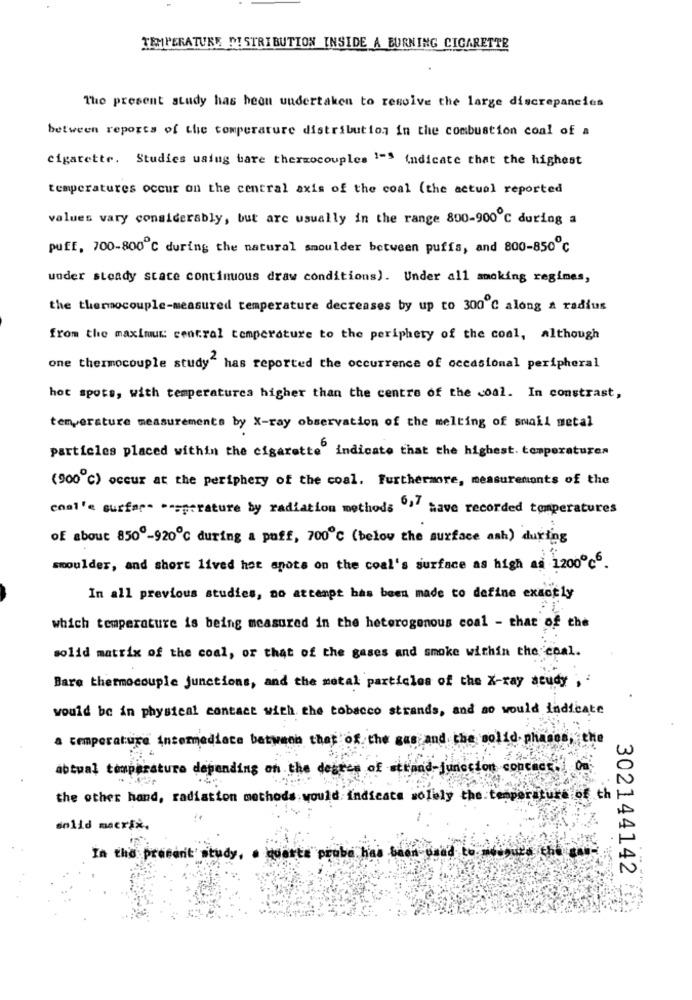
TEMPERATURE DISTRIBUTION INSIDE A BURNING CIGARETTE
Tho present study has been undertaken to resolve the large discrepancies
between reports of the temperature distribution in the combustion coal of a
cigarette. Studies using bare thermocouples 1-3 indicate that the highest
temperatures occur on the central axis of the coal (the actual reported
values vary considerably, but are usually in the range 800-900℃ during a
puff, 700-800 ℃ during the natural smoulder between puffs, and 800-850℃
under steady state continuous draw conditions). Under all smoking regimes,
the thermocouple-measured temperature decreases by up to 300℃ along a radius
from the maximus central temperature to the periphery of the coal, although
one thermocouple study" has reported the occurrence of occasional peripheral
hot spots, with temperaturca higher than the centre of the coal. In constrast,
temperature measurements by X-ray observation of the melting of small metal
particles placed within the cigarette indicate that the highest temperatures
(900℃) occur at the periphery of the coal. Furthermore, measurements of the
conl'e surfar- -- sperature by radiation methods º," have recorded temperatures
of about 8500-920℃ during a puff, 700℃ (below the surface ash) during
shoulder, and short lived hot spots on the coal's surface as high as 1200℃6.
In all previous studies, no attempt has been made to define exactly
which temperature is being measured in the heterogenous coal - that of che
solid matrix of the coal, or that of the gases and smoke within the coal.
Bare thermocouple junctions, and the metal particles of the X-ray study , '
would be in physical contact with the tobacco strands, and so would indicate
a temperature intermediate between they of the gas and the solid phases, the
abtual temperature depending on the degree of strand-junecion concass .! On
the other hand, radiation methods would: indicata solely the temp
th
solid macri *.
In the present study, . Huerta probe has been on
302144142